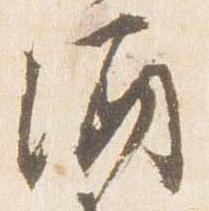
酒